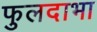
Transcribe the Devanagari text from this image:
फुलदाभा